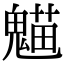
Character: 𩳸